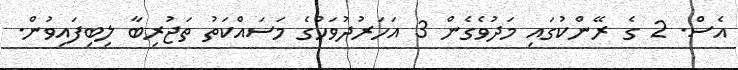
އެސް. 2 ގެ ރޭންކުގައި މަދުވެގެން 3 އަހަރުދުވަހުގެ މަސައްކަތު ތަޖުރިބާ ލިބިފައިވުން.